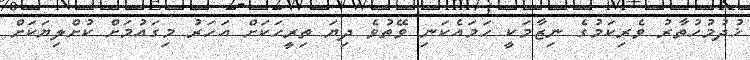
ޚުދުމުހުތާރު ވެރިކަމުގެ ނިޒާމަކީ ހަމައެކަނި ވޭތުވެ ދިޔަ ތިރީހަކަށް އަހަރުު މިގައުމަށް ކުށްލިޔަކަށް